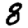
Digit: 8